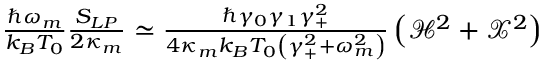
\begin{array} { r } { \frac { \hbar \omega _ { m } } { k _ { B } T _ { 0 } } \frac { S _ { L P } } { 2 \kappa _ { m } } \simeq \frac { \hbar \gamma _ { 0 } \gamma _ { 1 } \gamma _ { + } ^ { 2 } } { 4 \kappa _ { m } k _ { B } T _ { 0 } \left( \gamma _ { + } ^ { 2 } + \omega _ { m } ^ { 2 } \right) } \left( \mathcal { H } ^ { 2 } + \mathcal { X } ^ { 2 } \right) } \end{array}